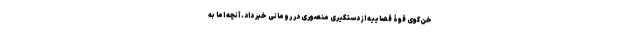
خن‌گوی قوۀ قضاییه از دستگیری منصوری در رومانی خبر داد. آنچه اما به